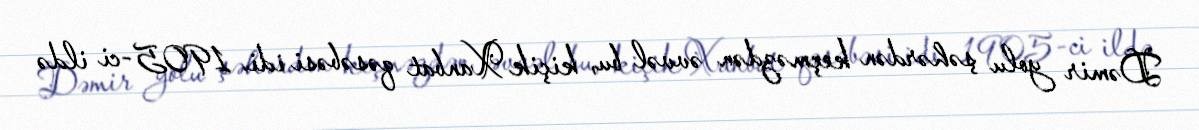
Dəmir yolu şəhərdən keçməzdən əvvəl bu, kiçik Xanbat qəsəbəsi idi. 1905-ci ildə